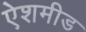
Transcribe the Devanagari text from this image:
ऐशमीड